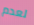
لعدم